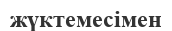
жүктемесімен